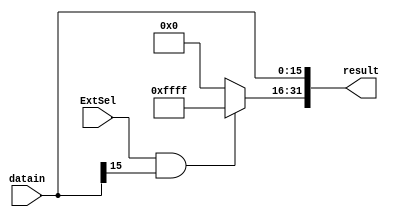
`timescale 1ns / 1ps
//////////////////////////////////////////////////////////////////////////////////
// Company: 
// Engineer: 
// 
// Design Name: 
// Module Name: extend_unit
// Project Name: 
// Target Devices: 
// Tool Versions: 
// Description: 
// 
// Dependencies: 
// 
// Revision:
// Revision 0.01 - File Created
// Additional Comments:
// 
//////////////////////////////////////////////////////////////////////////////////


module extend_unit(
    input [15:0] datain,
    input ExtSel,
    output reg [31:0] result
    );
    always@(datain or ExtSel) begin
        result[15:0]<=datain[15:0];//16
        if(ExtSel==1 && datain[15]==1)
            result[31:16]<=16'b1111_1111_1111_1111;//1
        else
            result[31:16]=0;//0
    end
endmodule